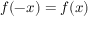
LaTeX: f ( - x ) = f ( x )